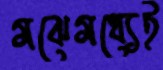
মঝেমধ্যেই